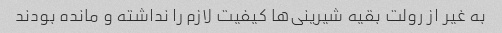
به غیر از رولت بقیه شیرینی‌ها کیفیت لازم را نداشته و مانده بودند